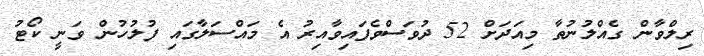
ރިލްވާން ގެއްލުނުތާ މިއަދަށް 52 ދުވަސްވެފައިވާއިރު އެ މައްސަލާގައި ފުލުހުން ވަނީ ކޯޓު